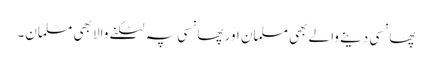
پھانسی دینے والے بھی مسلمان اور پھانسی پہ لٹکنے والا بھی مسلمان۔